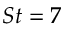
S t = 7